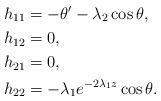
LaTeX: \begin{align*}h_{11}&=-\theta'-\lambda_2\cos \theta,\\ h_{12} &=0, \\ h_{21}&=0, \\ h_{22}&= -\lambda_1 e^{-2\lambda_1 z} \cos \theta. \end{align*}